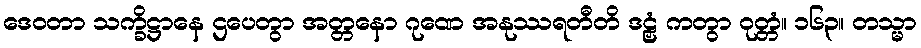
ဒေဝတာ သက္ခိဋ္ဌာနေ ဌပေတွာ အတ္တနော ဂုဏေ အနုဿရတီတိ ဒဠှံ ကတွာ ဝုတ္တံ။ ၁၆၃။ တသ္မာ